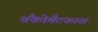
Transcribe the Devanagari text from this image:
बैंकोमैटकास